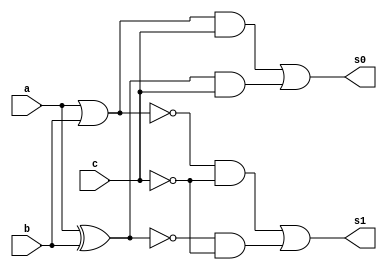
// ------------------------- 
// -- Exemplo0034 - F4  
// -- Nome: Milton costa teles da silva
// -- Matricula: 002751 
// ------------------------- 
// --XNOR_XOR  NOR_OR
// ------------------------- 
// --f4_gate 
// ------------------------- 

module f4 (output [3:0] s0,output [3:0] s1, input [3:0] a, input [3:0] b, input[3:0]c); 
	assign s0[3:0] = ((a | b) & c) | ((a ^ b) & c);
	assign s1[3:0] = ((~(a | b)) & ~c) | ((~(a ^ b)) & ~c);
endmodule //--fim module f4 

module testef4; 
// ------------------------- definir dados 
	reg [3:0] x; 
	reg [3:0] y; 
	reg [3:0] z;
	wire [3:0] sa;
   wire [3:0] sb;
	
	f4 modulo (sa,sb, x, y, z); 
	// ------------------------- parte principal 

    initial begin 
    
	 $display("Exemplo0034 -Milton costa teles da silva - 002751"); 
    $display("Test LU's module"); 
		
    x = 4'b0011; y = 4'b0111; z = 0; 
    #1 $display("\n%3b  %3b %3b= %3b",x,y,z,sa,sb); 
		
	end
endmodule // testf4